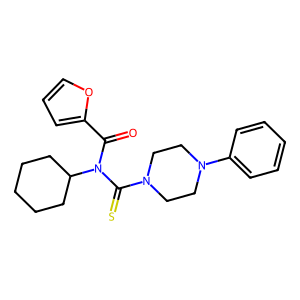
SMILES: O=C(c1ccco1)N(C(=S)N1CCN(c2ccccc2)CC1)C1CCCCC1
Inhibits HIV replication: No